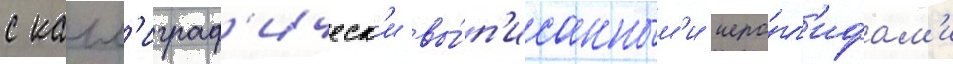
с калл'играф'ическ'и вы́п'исанным'и иеро́гл'ифам'и